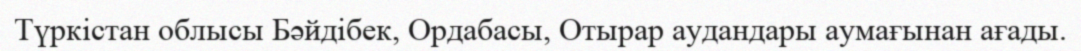
Түркістан облысы Бәйдібек, Ордабасы, Отырар аудандары аумағынан ағады.